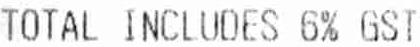
TOTAL INCLUDES 6% GST